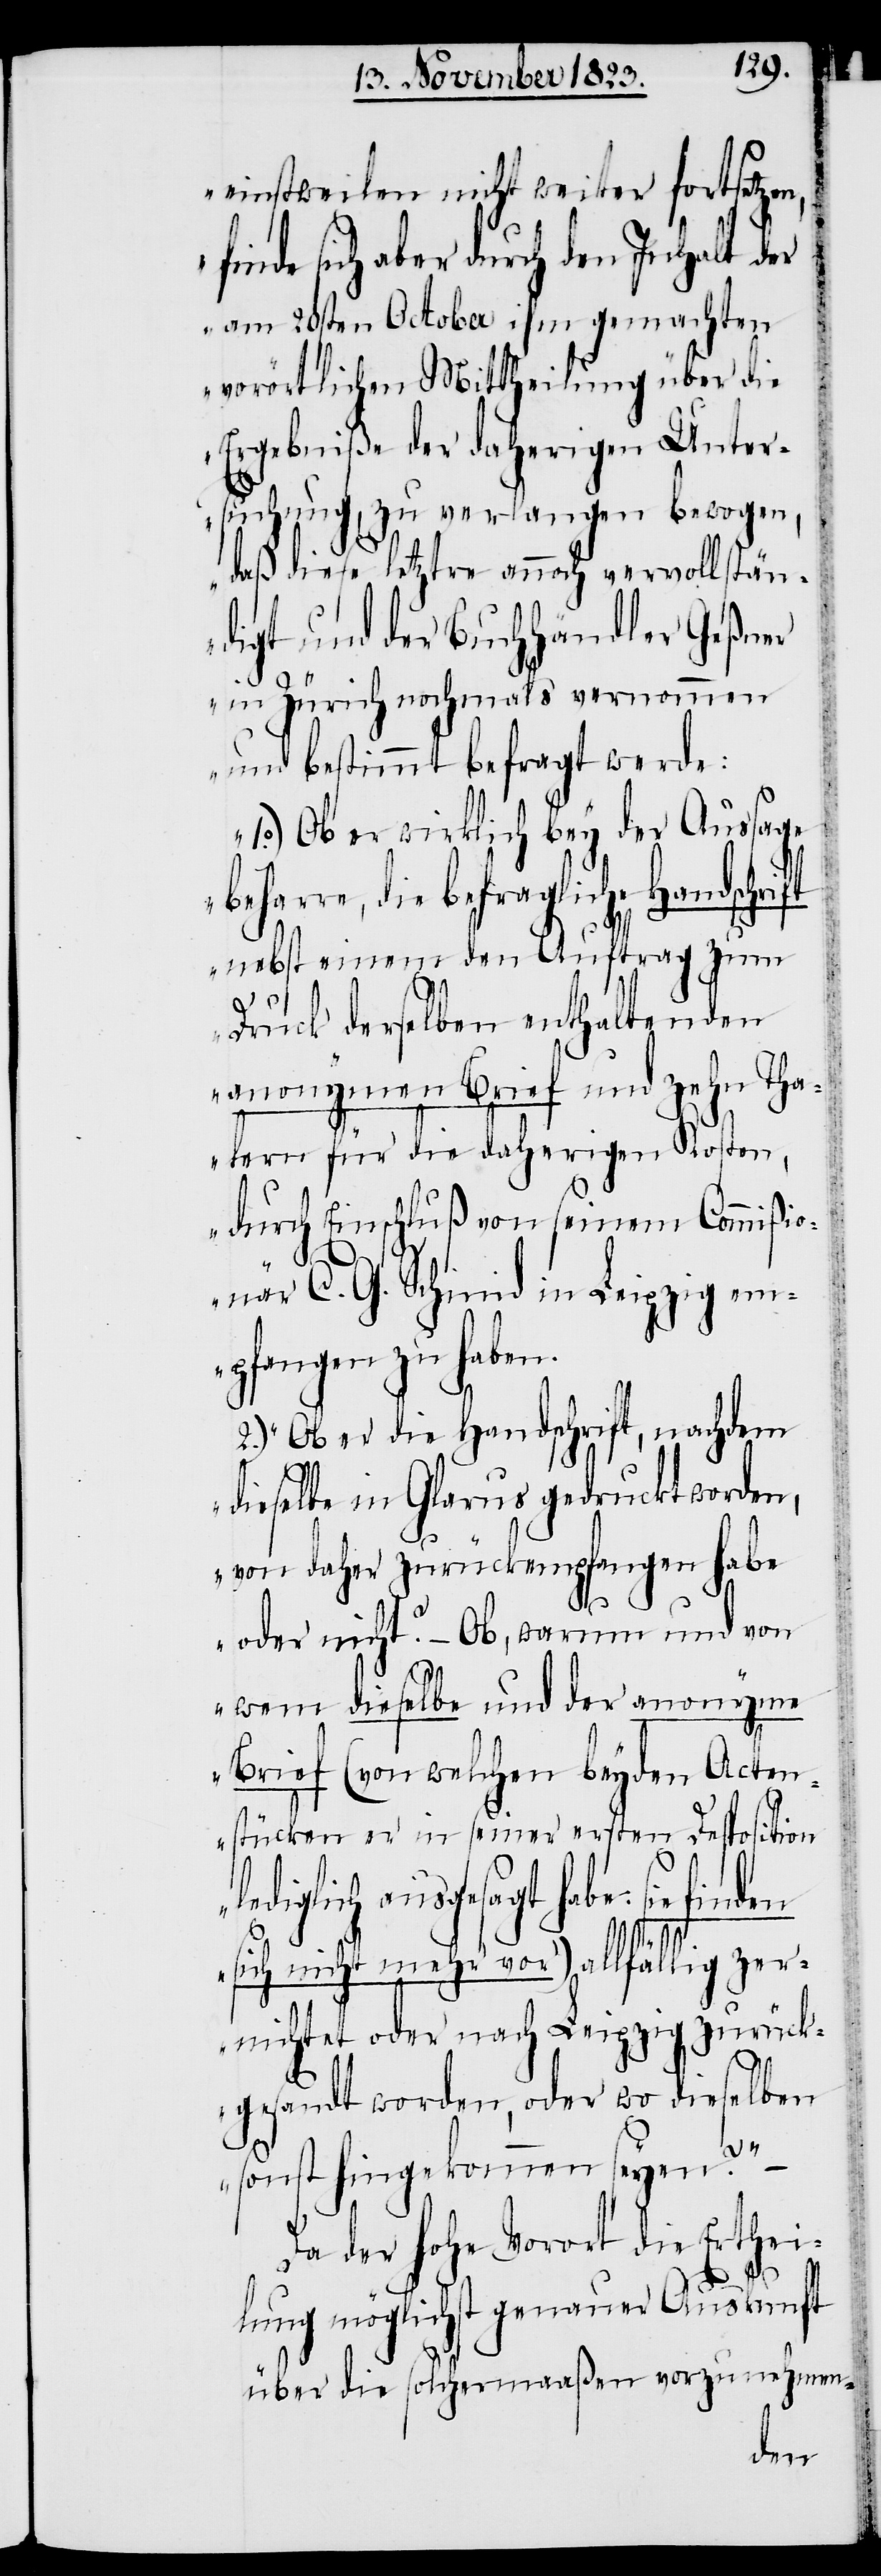
einstweilen nicht weiter fortsetzen,
inde sich aber durch den Inhalt der
am 20sten October ihm gemachten
vorörtlichen Mittheilung über die
Ergebniße der daherigen Unter¬
suchung, zu verlangen bewogen,
daß diese letztre annoch vervollstän¬
digt und der Buchhändler Geßner
in Zürich nochmals vernommen
und bestimmt befragt werde:
1.o) Ob er wirklich bey der Aussage
beharre, die befragliche Handschrift
nebst einem den Auftrag zum
Druck derselben enthaltenden
anonymen Brief und zehn Tha¬
lern für die daherigen Kosten,
durch Einschluß von seinem Commißio¬
le¬
när C. G. Schmid in Leipzig em¬
pfangen zu haben.
2.) Ob er die Handschrift, nachdem
dieselbe in Glarus gedruckt worden,
von daher zurückempfangen habe
f¬
oder nicht? – Ob, warum und von
wem dieselbe und der anonyme
Brief (von welchen beyden Acten¬
stücken er in seiner ersten Desposition
diglich ausgesagt habe: sie fin¬
sich nicht mehr vor) allfällig zer¬
nichtet oder nach Leipzig zurück¬
gesandt worden, oder wo dieselben
sonst hingekommen seyen?“
Da der hohe Vorort die Erthei¬
lung möglichst genauer Auskunft
über die solchermaaßen vorzunehmen-
den